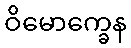
ဝိမောက္ခေန